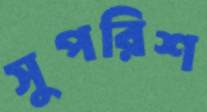
সুপরিশ